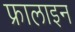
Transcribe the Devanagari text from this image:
फ्रालाइन